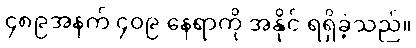
၄၈၉အနက် ၄၀၉ နေရာကို အနိုင် ရရှိခဲ့သည်။